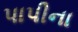
પાપીના